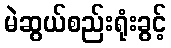
မဲဆွယ်စည်းရုံးခွင့်